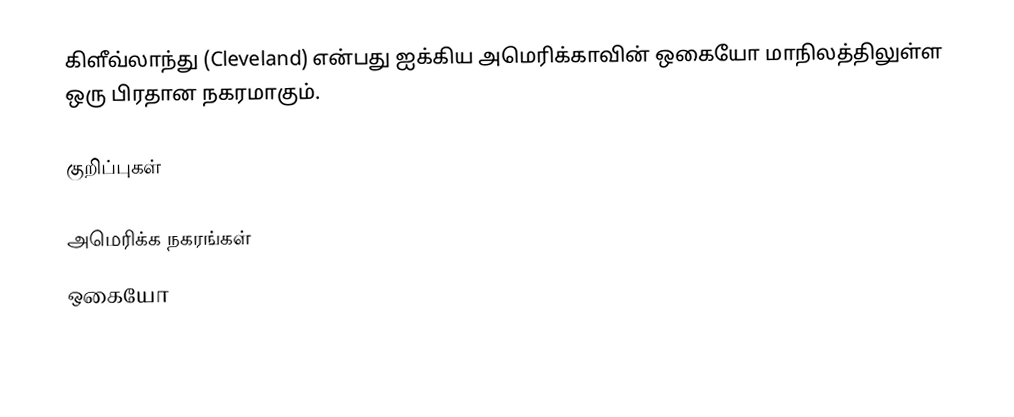
கிளீவ்லாந்து (Cleveland) என்பது ஐக்கிய அமெரிக்காவின் ஒகையோ மாநிலத்திலுள்ள ஒரு பிரதான நகரமாகும்.

குறிப்புகள்

அமெரிக்க நகரங்கள்
ஒகையோ